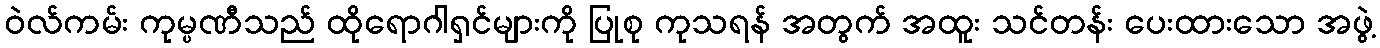
ဝဲလ်ကမ်း ကုမ္ပဏီသည် ထိုရောဂါရှင်များကို ပြုစု ကုသရန် အတွက် အထူး သင်တန်း ပေးထားသော အဖွဲ့